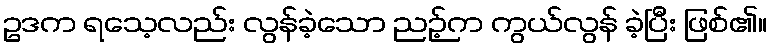
ဥဒက ရသေ့လည်း လွန်ခဲ့သော ညဉ့်က ကွယ်လွန် ခဲ့ပြီး ဖြစ်၏။